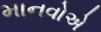
માનવોએ